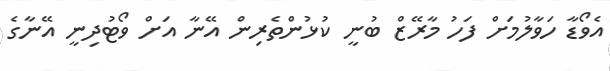
އެވޯޑާ ހަވާލުމަށް ފަހު މާރޭޒް ބުނީ ކުޅުންތެރިން އޭނާ އަށް ވޯޓުދިނީ އޭނާގެ